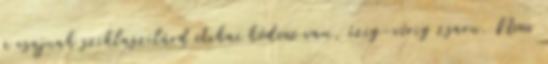
a csajnak sziklaszilárd etikai kódexe van, ízig-vérig zsaru. Nem